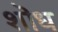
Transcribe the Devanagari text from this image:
शॊध